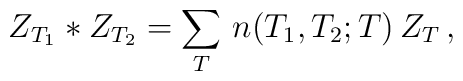
Z_{T_1} * Z_{T_2} = \sum_T \, n(T_1,T_2;T) \,  Z_{T} \, ,